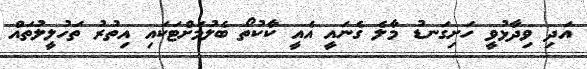
އަދި ވިދާޅުވީ ހަށިގަނޑު މާލެ ގެނައީ އެއީ ކާކުތޯ ބެލުމަށްޓަކައި އިތުރު ތަހުލީލުތައް